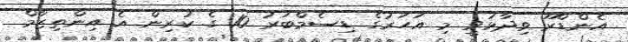
އެންޑްރޫ ވިދާޅުވީ މި އަހަރުގެ ޑިސެމްބަރު 10 ގެ ކުރިން އެ އިންތިޒާމް